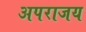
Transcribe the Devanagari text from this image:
अपराजय